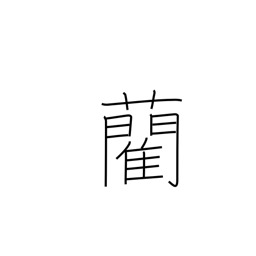
Meaning: rush, used for tatami covers